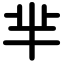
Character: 芈